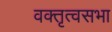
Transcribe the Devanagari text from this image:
वक्तृत्वसभा